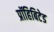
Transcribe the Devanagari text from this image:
प्रॉहिबिटेड